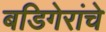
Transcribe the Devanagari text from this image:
बडिगेरांचे